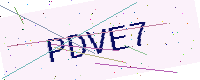
Text: PDVE7